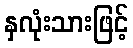
နှလုံးသားဖြင့်